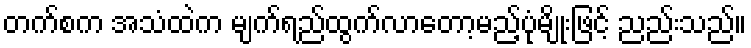
တက်စက အသံထဲက မျက်ရည်ထွက်လာတော့မည့်ပုံမျိုးဖြင့် ညည်းသည်။